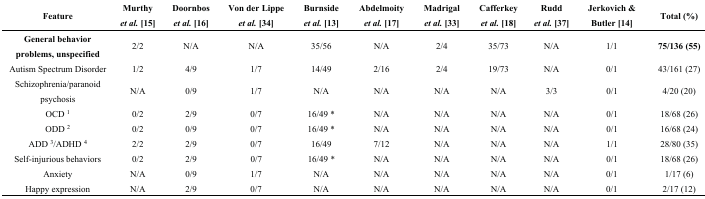
<table><thead><tr><td><b>Feature</b></td><td><b>Murthy <i>et al.</i> [15]</b></td><td><b>Doornbos <i>et al.</i> [16]</b></td><td><b>Von der Lippe <i>et al.</i> [34]</b></td><td><b>Burnside <i>et al.</i> [13]</b></td><td><b>Abdelmoity <i>et al.</i> [17]</b></td><td><b>Madrigal <i>et al.</i> [33]</b></td><td><b>Cafferkey <i>et al.</i> [18]</b></td><td><b>Rudd <i>et al.</i> [37]</b></td><td><b>Jerkovich &amp; Butler [14]</b></td><td><b>Total (%)</b></td></tr></thead><tbody><tr><td><b>General behavior problems, unspecified</b></td><td>2/2</td><td>N/A</td><td>N/A</td><td>35/56</td><td>N/A</td><td>2/4</td><td>35/73</td><td>N/A</td><td>1/1</td><td><b>75/136 (55)</b></td></tr><tr><td>Autism Spectrum Disorder</td><td>1/2</td><td>4/9</td><td>1/7</td><td>14/49</td><td>2/16</td><td>2/4</td><td>19/73</td><td>N/A</td><td>0/1</td><td>43/161 (27)</td></tr><tr><td>Schizophrenia/paranoid psychosis</td><td>N/A</td><td>0/9</td><td>1/7</td><td>N/A</td><td>N/A</td><td>N/A</td><td>N/A</td><td>3/3</td><td>0/1</td><td>4/20 (20)</td></tr><tr><td>OCD <sup>1</sup></td><td>0/2</td><td>2/9</td><td>0/7</td><td>16/49 *</td><td>N/A</td><td>N/A</td><td>N/A</td><td>N/A</td><td>0/1</td><td>18/68 (26)</td></tr><tr><td>ODD <sup>2</sup></td><td>0/2</td><td>0/9</td><td>0/7</td><td>16/49 *</td><td>N/A</td><td>N/A</td><td>N/A</td><td>N/A</td><td>0/1</td><td>16/68 (24)</td></tr><tr><td>ADD <sup>3</sup>/ADHD <sup>4</sup></td><td>2/2</td><td>2/9</td><td>0/7</td><td>16/49</td><td>7/12</td><td>N/A</td><td>N/A</td><td>N/A</td><td>1/1</td><td>28/80 (35)</td></tr><tr><td>Self-injurious behaviors</td><td>0/2</td><td>2/9</td><td>0/7</td><td>16/49 *</td><td>N/A</td><td>N/A</td><td>N/A</td><td>N/A</td><td>0/1</td><td>18/68 (26)</td></tr><tr><td>Anxiety</td><td>N/A</td><td>0/9</td><td>1/7</td><td>N/A</td><td>N/A</td><td>N/A</td><td>N/A</td><td>N/A</td><td>0/1</td><td>1/17 (6)</td></tr><tr><td>Happy expression</td><td>N/A</td><td>2/9</td><td>0/7</td><td>N/A</td><td>N/A</td><td>N/A</td><td>N/A</td><td>N/A</td><td>0/1</td><td>2/17 (12)</td></tr></tbody></table>